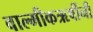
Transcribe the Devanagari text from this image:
वाल्मीकऋषींनी